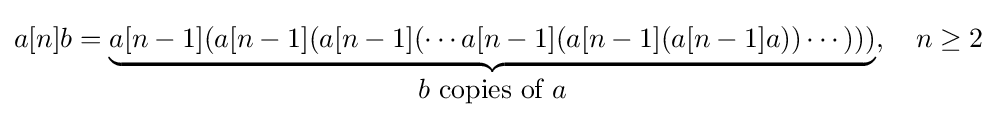
a[n]b=\underbrace {a[n-1](a[n-1](a[n-1](\cdots a[n-1](a[n-1](a[n-1]a))\cdots )))} _{\displaystyle b{\mbox{ copies of }}a},\quad n\geq 2